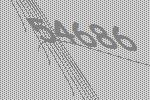
54686